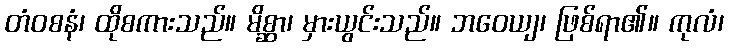
တံဝစနံ၊ ထိုစကားသည်။ မိစ္ဆာ၊ မှားယွင်းသည်။ ဘဝေယျ၊ ဖြစ်ရာ၏။ ကုလံ၊